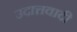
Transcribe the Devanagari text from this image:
उदात्तवादी